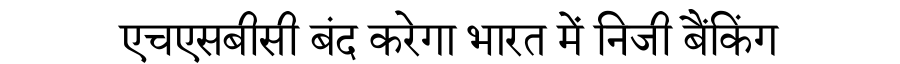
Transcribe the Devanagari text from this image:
एचएसबीसी बंद करेगा भारत में निजी बैंकिंग